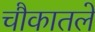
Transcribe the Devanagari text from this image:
चौकातले